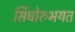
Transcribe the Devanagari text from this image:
सिंधोरुभयत